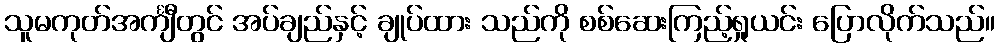
သူမကုတ်အင်္ကျီတွင် အပ်ချည်နှင့် ချုပ်ထား သည်ကို စစ်ဆေးကြည့်ရှုယင်း ပြောလိုက်သည်။